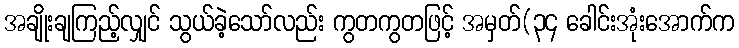
အချိုးချကြည့်လျှင် သွယ်ခဲ့သော်လည်း ကွတကွတဖြင့် အမှတ်(၃၄ ခေါင်းအုံးအောက်က